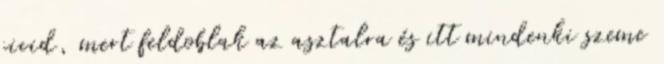
cicid, mert feldoblak az asztalra és itt mindenki szeme